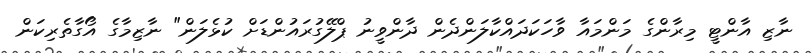
ނާޒި އާންޓީ މިރާންގެ މަންމައާ ވާހަކަދައްކާލަންދެން ދާންވީނު ޕްލޭގުރައުންޑަށް ކުޅެލަން" ނާޒިމާގެ އޯގާތެރިކަން